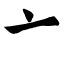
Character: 亠